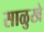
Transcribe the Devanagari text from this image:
साळुखे